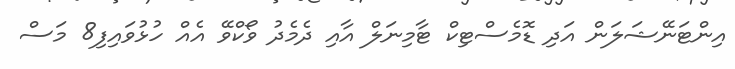
އިންޓަނޭޝަލަން އަދި ޑޮމެސްޓިކް ޓާމިނަލް އާއި ދެމެދު ވޯކްވޭ އެއް ހުޅުވައިފި8 މަސް